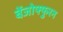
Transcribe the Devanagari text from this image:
बेंजोफ्फुरन